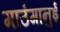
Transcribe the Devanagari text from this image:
माउंगानुई